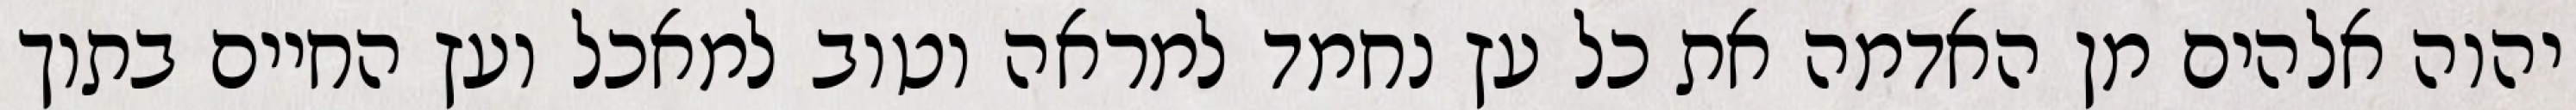
יהוה אלהים מן האדמה את כל עץ נחמד למראה וטוב למאכל ועץ החיים בתוך